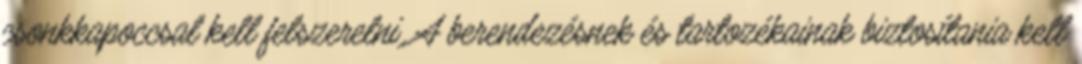
csonkkapoccsal kell felszerelni. A berendezésnek és tartozékainak biztosítania kell